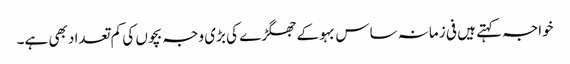
خواجہ کہتے ہیں فی زمانہ ساس بہو کے جھگڑے کی بڑی وجہ بچوں کی کم تعداد بھی ہے۔